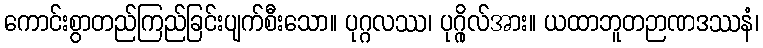
ကောင်းစွာတည်ကြည်ခြင်းပျက်စီးသော။ ပုဂ္ဂလဿ၊ ပုဂ္ဂိုလ်အား။ ယထာဘူတဉာဏဒဿနံ၊